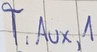
Text: T,Aux,1